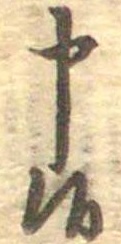
申候